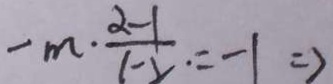
- m \cdot \frac { \alpha - 1 } { 1 - 2 } \cdot = - 1 \Rightarrow